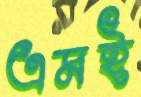
এমই